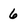
Character: 6